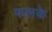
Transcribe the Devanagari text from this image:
फलके